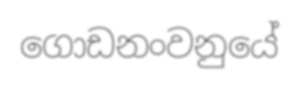
ගොඩනංවනුයේ